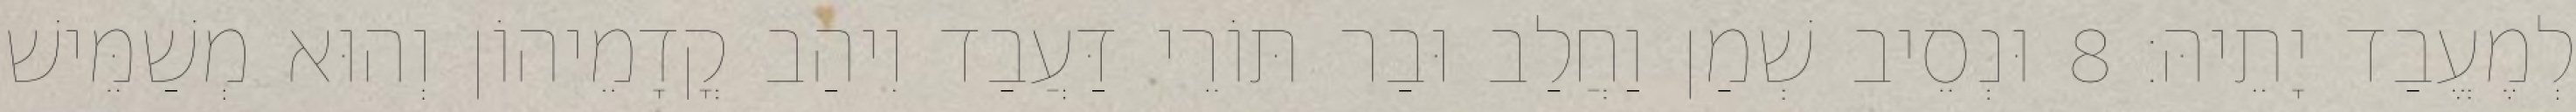
לְמֶעֱבַד יָתֵיהּ׃ 8 וּנְסֵיב שְׁמַן וַחֲלַב וּבַר תּוֹרֵי דַּעֲבַד וִיהַב קֳדָמֵיהוֹן וְהוּא מְשַׁמֵּישׁ